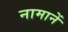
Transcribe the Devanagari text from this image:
नामानें